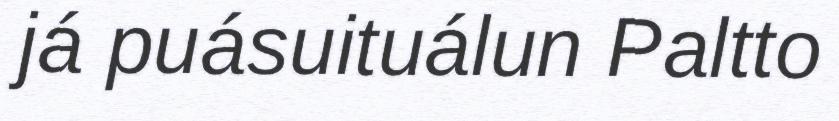
já puásuituálun Paltto